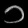
Digit: ၁